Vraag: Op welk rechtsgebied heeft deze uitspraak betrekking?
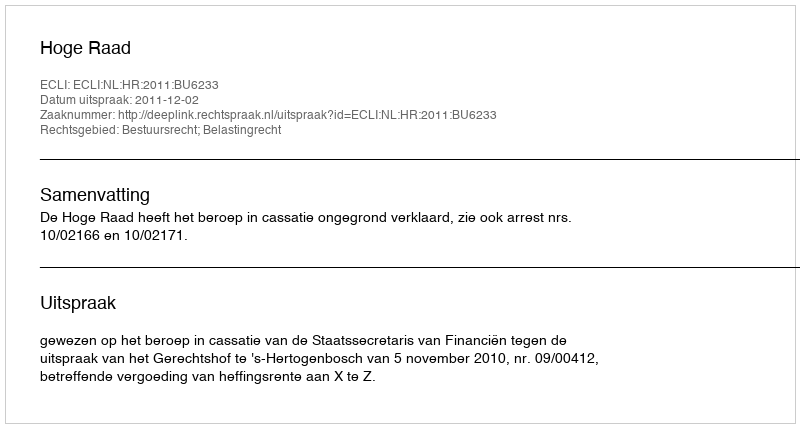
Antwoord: Bestuursrecht; Belastingrecht